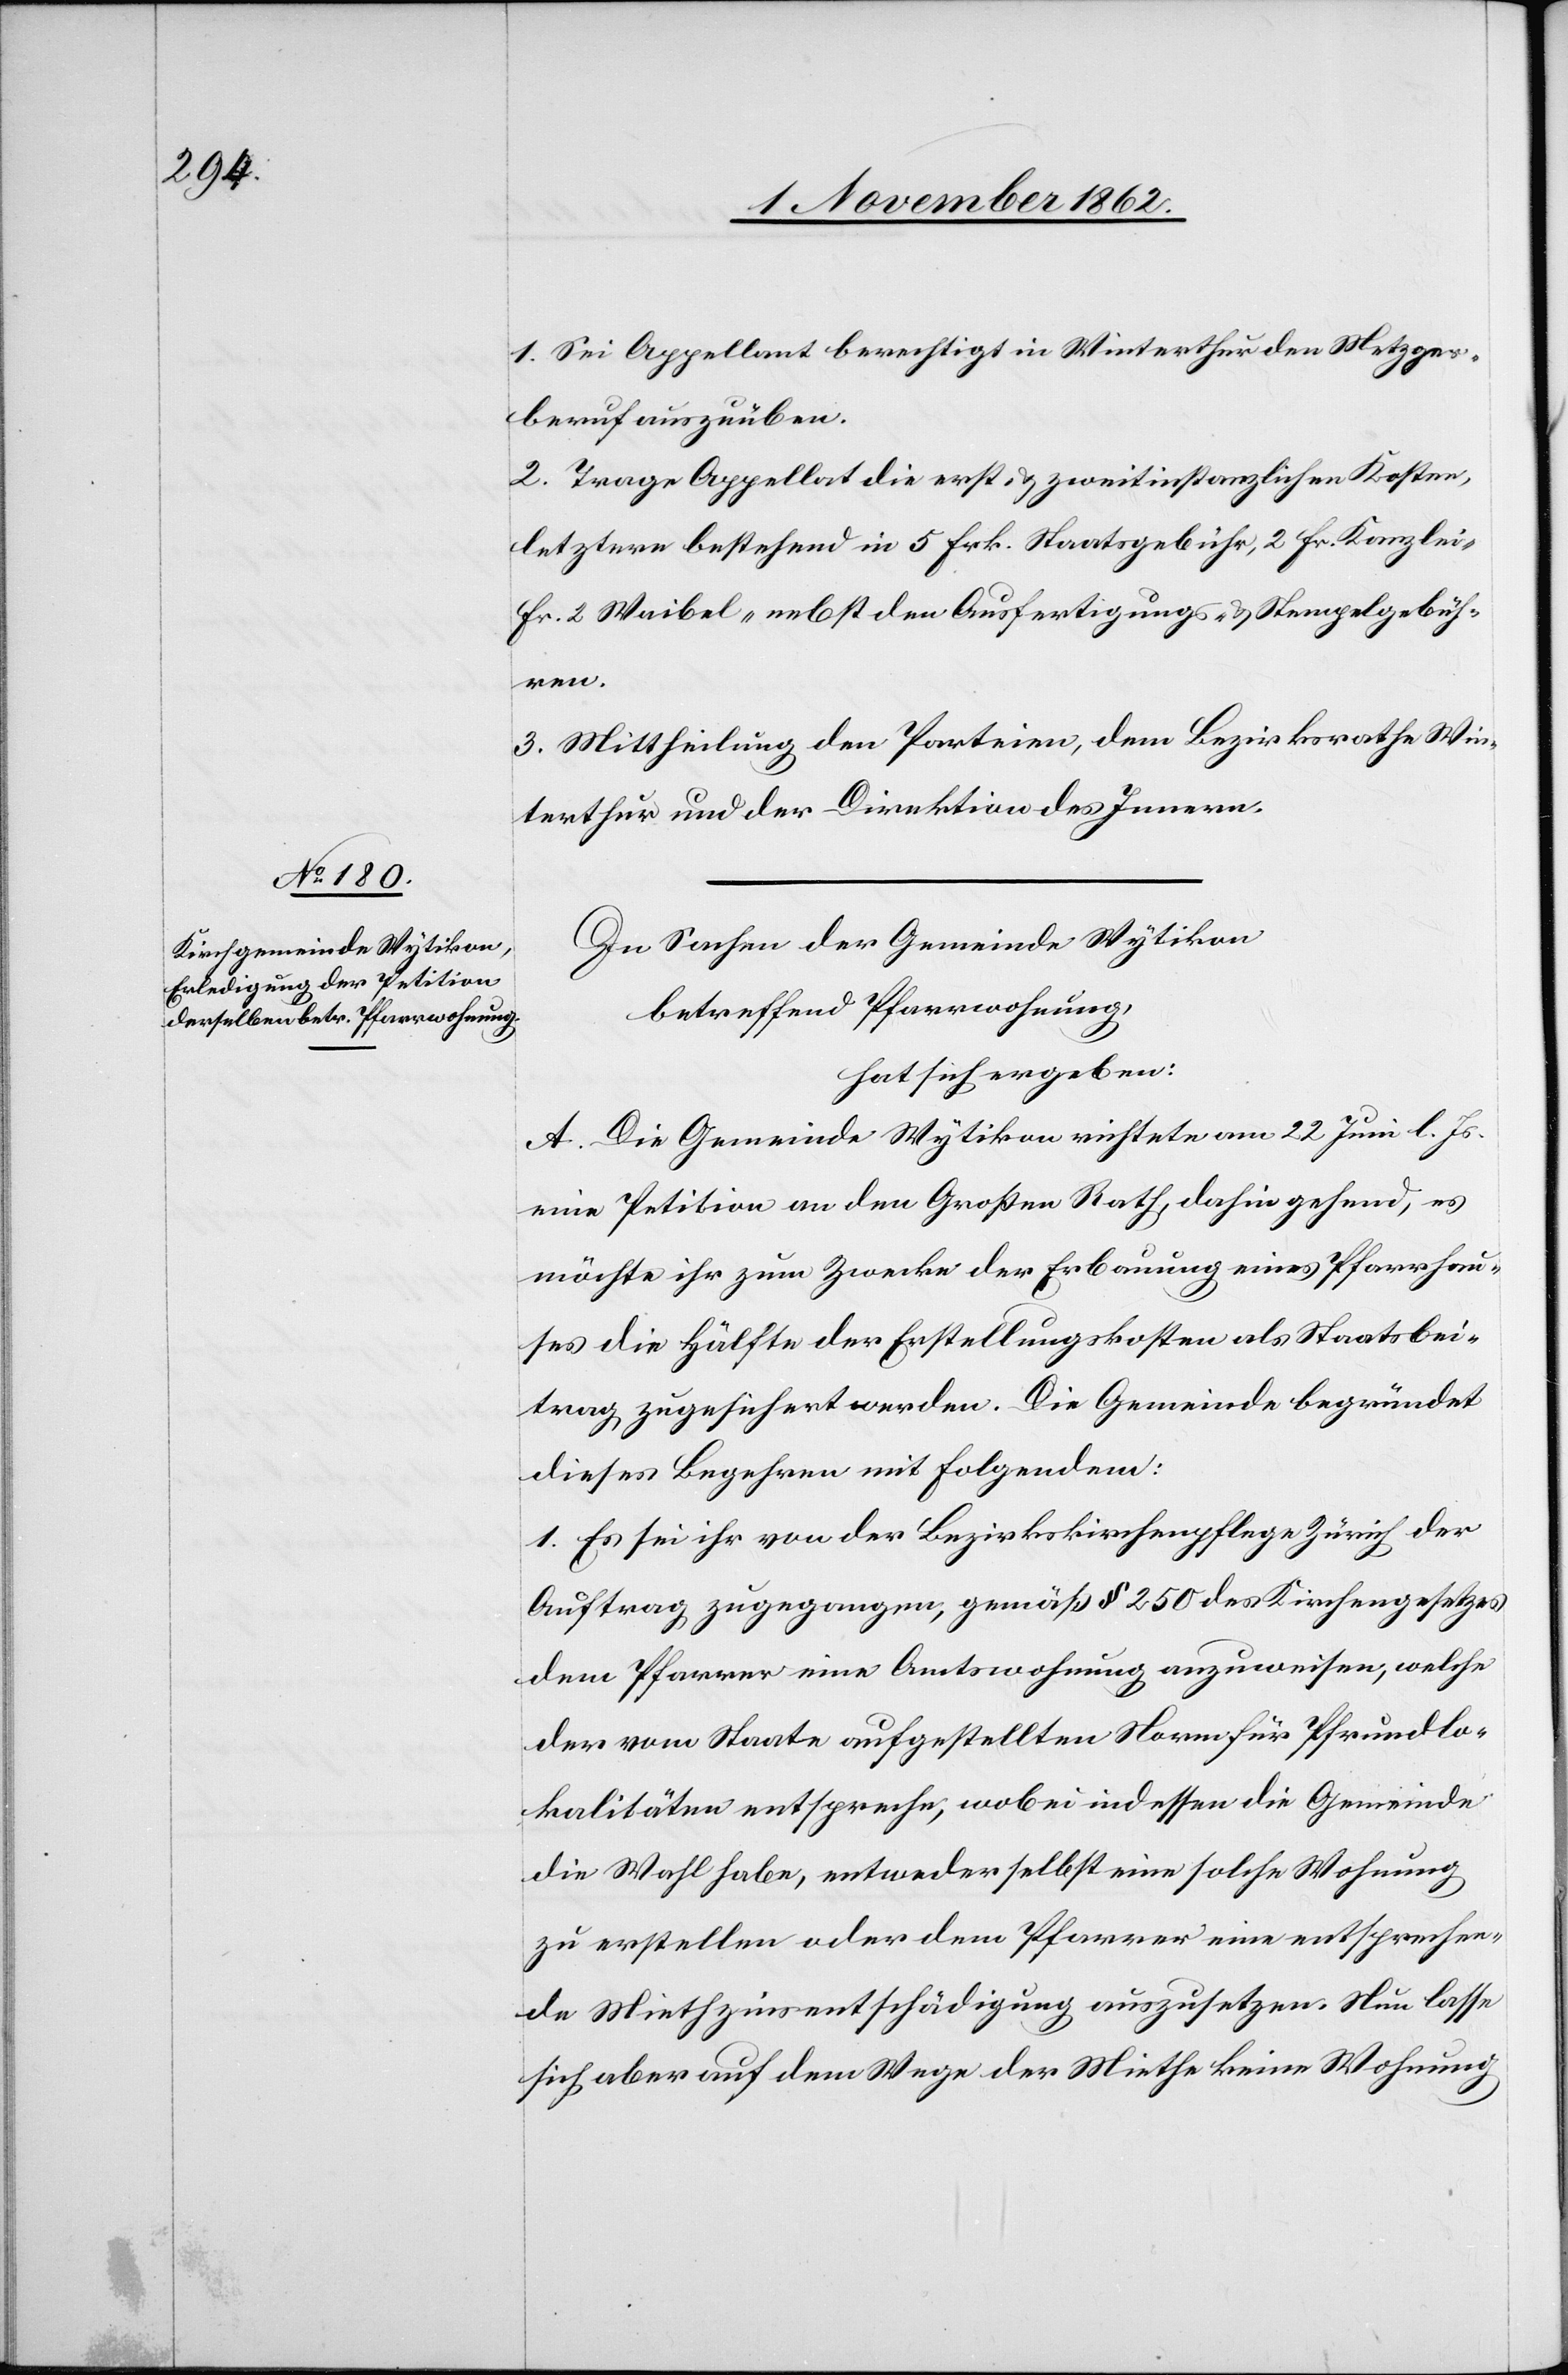
1. Sei Appellant berechtigt in Winterthur den Metzger¬
beruf auszuüben.
2. Trage Appellat die erst- u. zweitinstanzlichen Kosten,
letztere bestehend in 5 Frk. Staatsgebühr, 2 fr. Kanzlei-[,]
fr. 2 Waibel- nebst den Ausfertigungs- u. Stempelgebüh¬
ren.
3. Mittheilung den Parteien, dem Bezirksrathe Win¬
terthur und der Direktion des Innern.
In Sachen der Gemeinde Wytikon
betreffend Pfarrwohnung,
hat sich ergeben:
A. Die Gemeinde Wytikon richtete am 22. Juni l. Js.
eine Petition an den Großen Rath, dahin gehend, es
möchte ihr zum Zwecke der Erbauung eines Pfarrhau¬
ses die Hälfte der Erstellungskosten als Staatsbei¬
trag zugesichert werden. Die Gemeinde begründet
dieses Beehren mit folgendem:
1. Es sei ihr von der Bezirkskirchenpflege Zürich der
Auftrag zugegangen, gemäß § 250 des Kirchengesetzes
dem Pfarrer eine Amtswohnung anzuweisen, welche
der vom Staate aufgestellten Norm für Pfrundlo¬
kalitäten entspreche, wobei indessen die Gemeinde
die Wahl habe, entweder selbst eine solche Wohnung
zu erstellen oder dem Pfarrer eine entsprechen¬
de Miethzinsentschädigung auszusetzen. Nun lasse
sich aber auf dem Wege der Miethe keine Wohnung